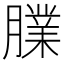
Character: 𦡧